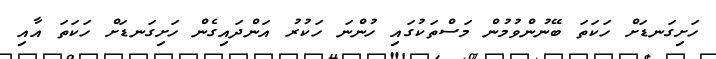
ހަށިގަނޑަށް ހަކަތަ ބޭނުންވުމުން މަސްތަކުގައި ހުންނަ ހަކުރު އަންދައިގެން ހަށިގަނޑަށް ހަކަތަ އާއި